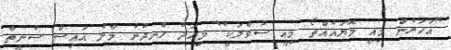
"އަހަރެން މިއީ މޮޔައެއްތޯ މިއީ ސުވާލަކީ" މިއަދު ހެނދުނު މާލެ އައިސް ސުނީތާ